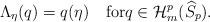
LaTeX: \begin{gather*}\Lambda_{\eta} (q)=q(\eta)\quad\textrm{for}q\in \mathcal{H}_m^p (\widehat{S}_p).\end{gather*}